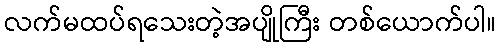
လက်မထပ်ရသေးတဲ့အပျိုကြီး တစ်ယောက်ပါ။